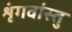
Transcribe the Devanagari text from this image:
शृंगवांस्तु